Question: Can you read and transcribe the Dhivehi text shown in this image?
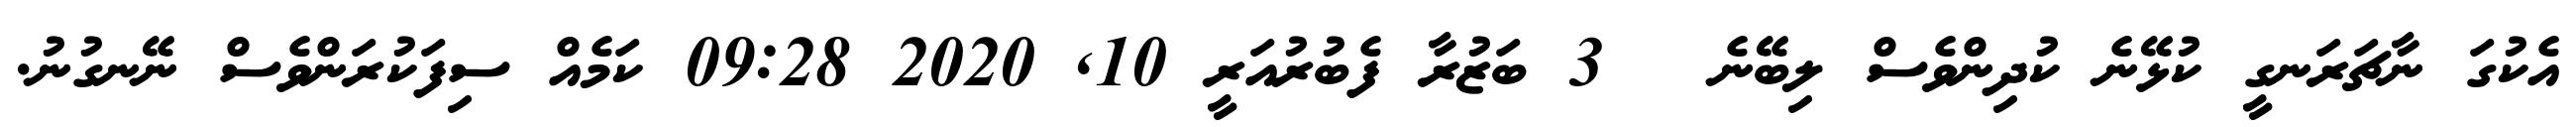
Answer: އެކުގަ ނާޗަރަނގީ ކުޅޭނެ ކުދިންވެސް ލިބޭނެ ? 3 ބަޒުރާ ފެބުރުއަރީ 10, 2020 09:28 ކަމެއް ސިފަކުރަންވެސް ނޭނގުނު.